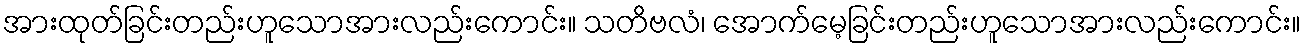
အားထုတ်ခြင်းတည်းဟူသောအားလည်းကောင်း။ သတိဗလံ၊ အောက်မေ့ခြင်းတည်းဟူသောအားလည်းကောင်း။